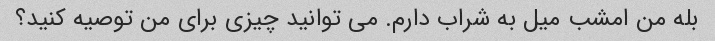
بله من امشب میل به شراب دارم. می توانید چیزی برای من توصیه کنید؟